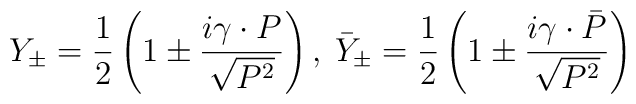
Y_\pm=\frac12\left(1\pm\frac{i\gamma\cdot P}{\sqrt{P^2}}\right),\hspace{1 mm}\bar{Y}_\pm=\frac12\left(1\pm\frac{i\gamma\cdot \bar{P}}{\sqrt{P^2}}\right)